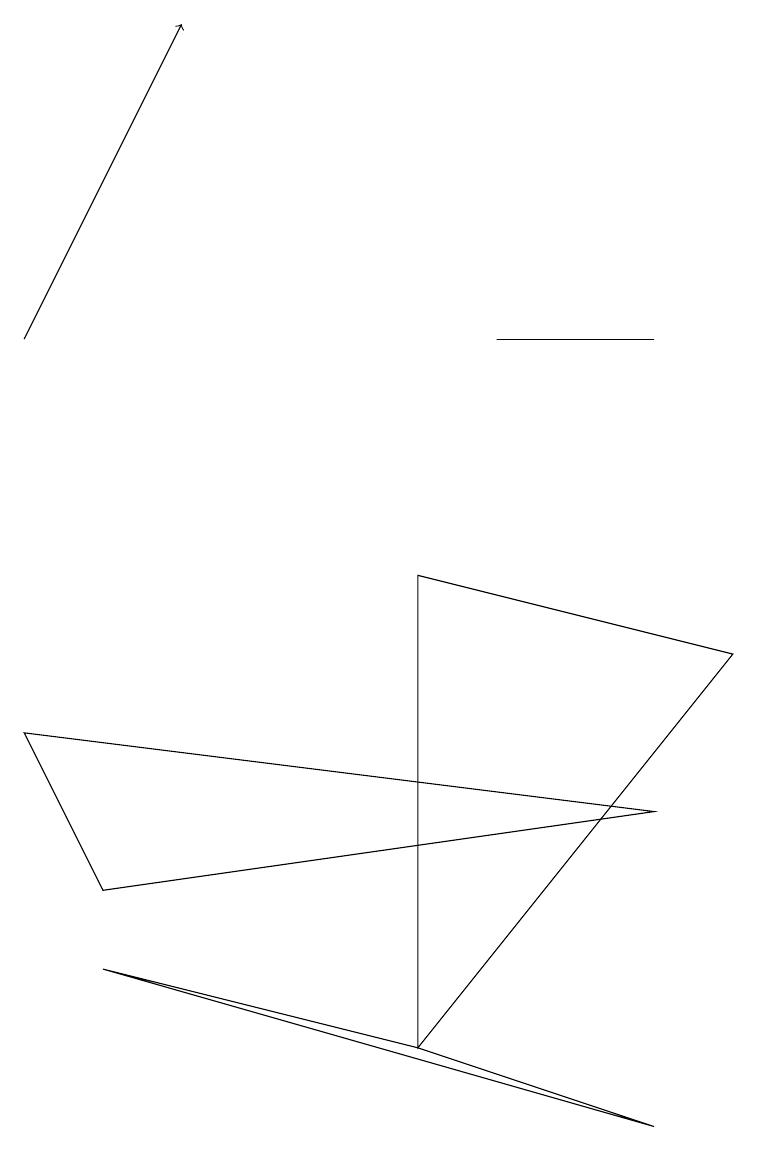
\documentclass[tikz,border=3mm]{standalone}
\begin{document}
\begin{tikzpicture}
\draw (8,0) -- (1,2) -- (5,1) -- cycle;
\draw (8,10) rectangle (6,10);
\draw[->] (0,10) -- (2,14);
\draw (9,6) -- (5,1) -- (5,7) -- cycle;
\draw (0,5) -- (8,4) -- (1,3) -- cycle;
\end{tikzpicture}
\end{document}